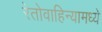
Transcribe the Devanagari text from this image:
रेतोवाहिन्यामध्ये